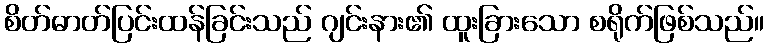
စိတ်ဓာတ်ပြင်းထန်ခြင်းသည် ဂျင်းနား၏ ထူးခြားသော စရိုက်ဖြစ်သည်။